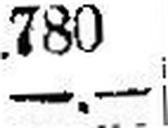
—.—